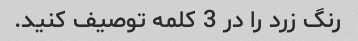
رنگ زرد را در 3 کلمه توصیف کنید.